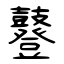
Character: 鼟